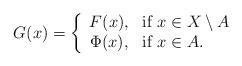
LaTeX: \begin{align*}G(x)=\left\lbrace\begin{array}{cl}F(x),&\mbox{if }x\in X\setminus A\\\Phi(x),&\mbox{if }x\in A.\end{array}\right.\end{align*}